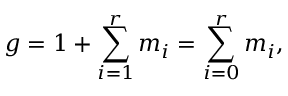
g = 1 + \sum _ { i = 1 } ^ { r } m _ { i } = \sum _ { i = 0 } ^ { r } m _ { i } ,